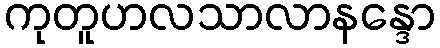
ကုတူဟလသာလာနန္ဒော